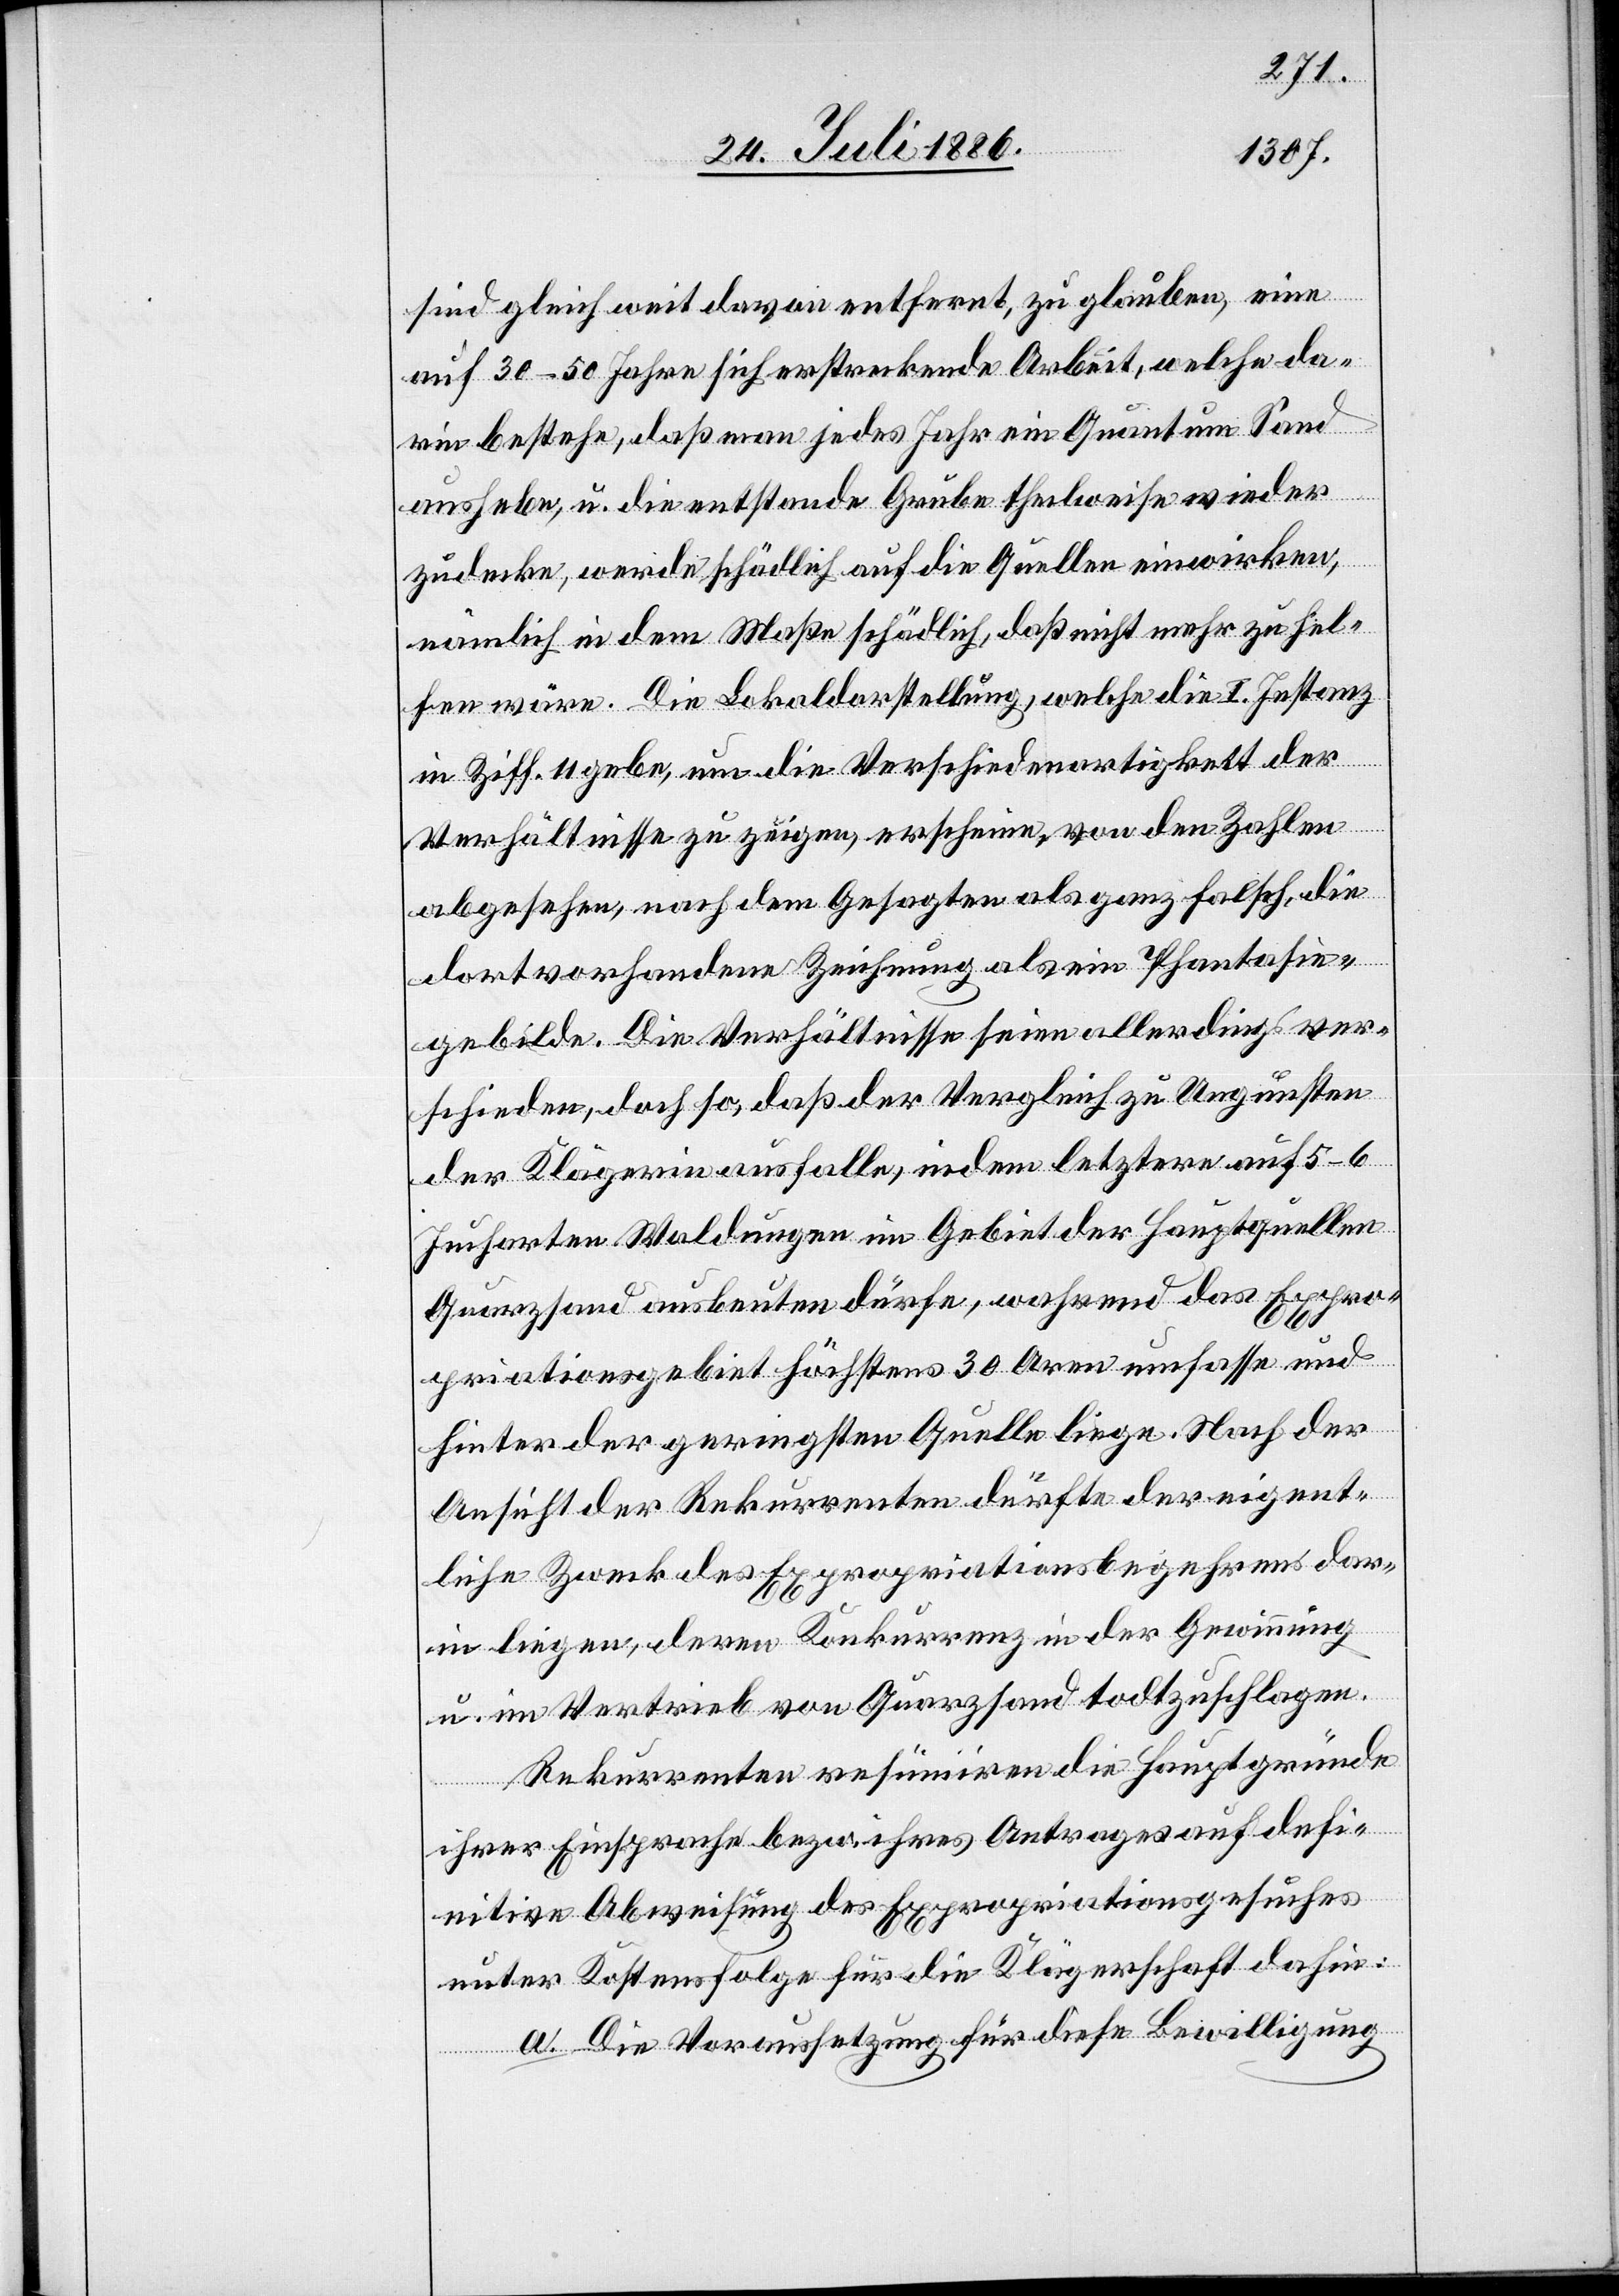
sind gleich weit davon entfernt, zu glauben, eine
auf 30–50 Jahre sich erstreckende Arbeit, welche da¬
rin bestehe, daß man jedes Jahr ein Quantum Sand
aushebe, u. die enstande[ne] Grube theilweise wieder
zudecke, werde schädlich auf die Quellen einwirken,
nämlich in dem Maße schädlich, daß nicht mehr zu hel¬
fen wäre. Die Lokaldarstellung, welche die I. Instanz
in Ziff. 11 gebe, um die Verschiedenartigkeit der
das
Verhältnisse zu zeigen, erscheine, von den Zahlen
abgesehen, nach dem Gesagten als ganz falsch, die
dort vorhandene Zeichnung als ein Phantasie¬
gebilde. Die Verhältnisse seien allerdings ver¬
schieden, doch so, daß der Vergleich zu Ungunsten
der Klägerin ausfalle, indem letztere auf 5–6
Jucharten Waldung im Gebiet der Hauptquellen
Quarzsand ausbeuten dürfe, wahrend [rec¬
Expropriationsgebiet höchstens 30 Aren umfasse und
hinter der geringsten Quelle liege. Nach der
Ansicht der Rekurrenten dürfte der eigent¬
liche Zweck des Expropriationsbegehrens dar¬
in liegen, deren Konkurrenz in der Gewinnung
u. im Vertrieb von Quarzsand todtzuschlagen.
Rekurrenten resümiren die Hauptgründe
ihrer Einsprache bezw. ihres Antrages auf defi¬
nitive Abweisung des Expropriationsgesuches
unter Kostenfolge für die Klägerschaft dahin:
a. Die Voraussetzung für diese Bewilligung